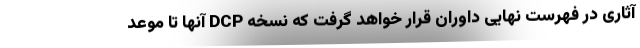
آثاری در فهرست نهایی داوران قرار خواهد گرفت که نسخه DCP آنها تا موعد